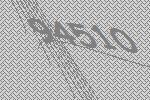
94510